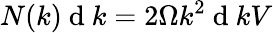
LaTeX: N(k)\mathrm{~d~}k=2\Omega k^{2}\mathrm{~d~}kV